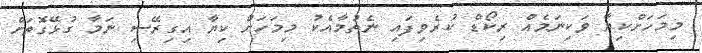
މިމަހަށްކިޔާ ވަކިނަމެއް ރިކޯޑް ކުރެވިފައި ނެތުމާއެކު މިމަހަށް ކިޔާ އިގިރޭސި ނަމާ ގުޅޭގޮތަށް